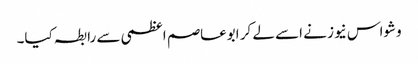
وشواس نیوز نے اسے لے کر ابوعاصم اعظمی سے رابطہ کیا۔